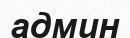
админ